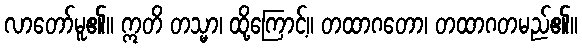
လာတော်မူ၏။ ဣတိ တသ္မာ၊ ထို့ကြောင့်။ တထာဂတော၊ တထာဂတမည်၏။